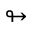
\looparrowright